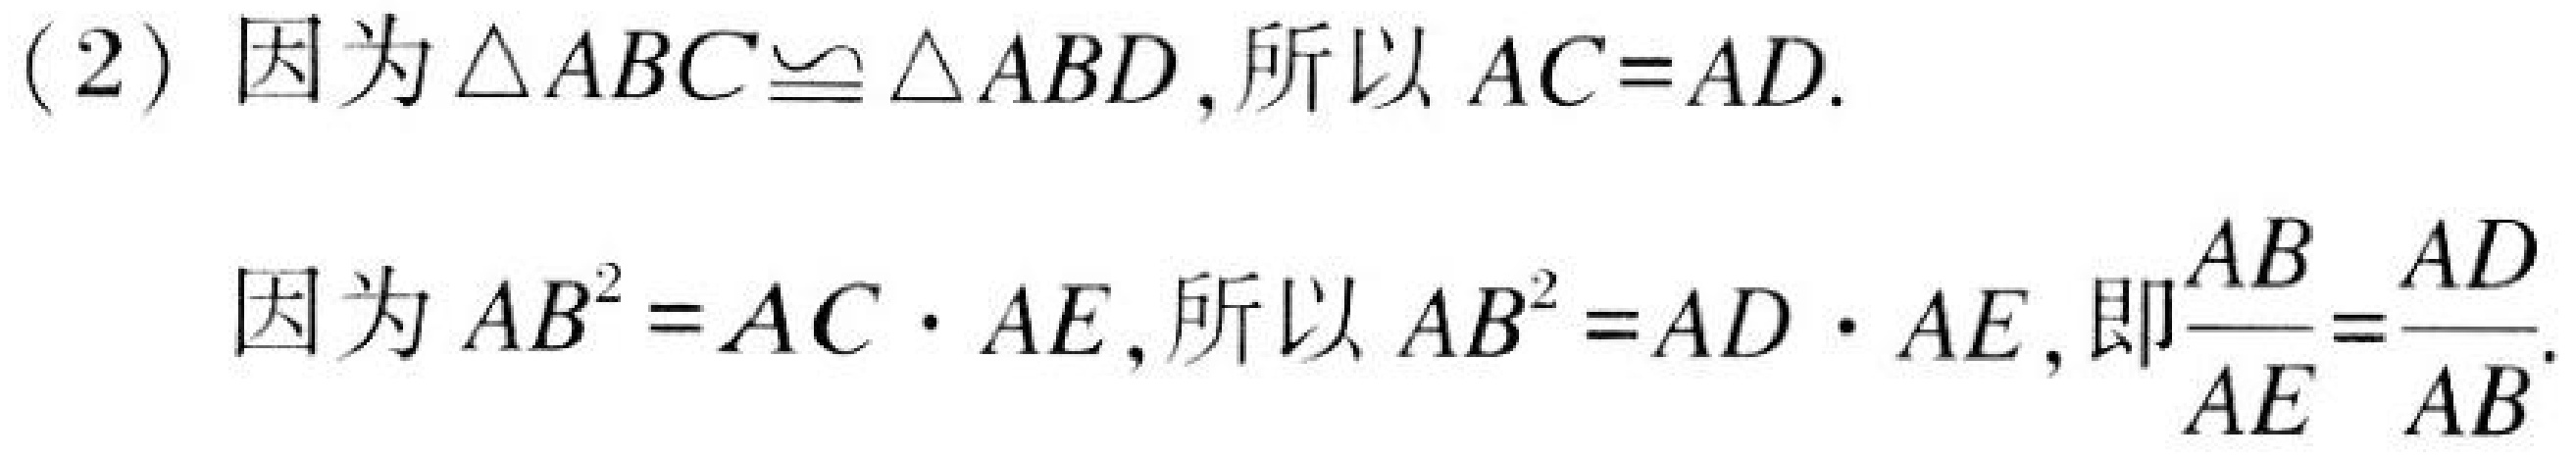
(2) 因为 \(\triangle ABC\cong\triangle ABD\),所以 \(AC = AD\).

因为 \(AB^{2}=AC\cdot AE\),所以 \(AB^{2}=AD\cdot AE\),即\(\dfrac{AB}{AE}=\dfrac{AD}{AB}\).